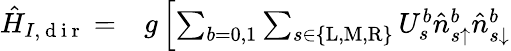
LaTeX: \begin{array}{rl}{\hat{H}_{I,\mathrm{~d~i~r~}}=}&{{}g\left[\sum_{b=0,1}\sum_{s\in\{ \mathrm{L},\mathrm{M},\mathrm{R}\} }U_{s}^{b}\hat{n}_{s\uparrow}^{b}\hat{n}_{s\downarrow}^{b}\right.}\end{array}